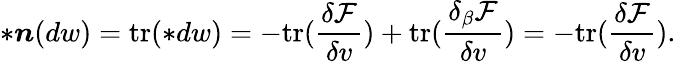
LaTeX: \ast\boldsymbol{n}(dw)=\mathrm{tr}(\ast dw)=-\mathrm{tr}(\frac{\delta\mathcal{F}}{\delta v})+\mathrm{tr}(\frac{\delta_{\beta}\mathcal{F}}{\delta v})=-\mathrm{tr}(\frac{\delta\mathcal{F}}{\delta v}).